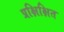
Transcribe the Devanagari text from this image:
प्रक्षिक्षित